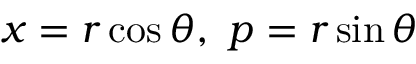
x = r \cos \theta , \ p = r \sin \theta